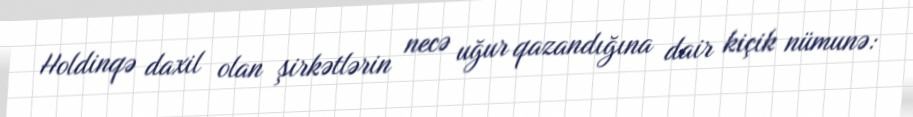
Holdinqə daxil olan şirkətlərin necə uğur qazandığına dair kiçik nümunə: